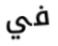
في